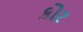
કોર